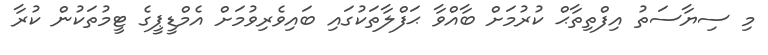
މި ސިޔާސަތު އިފްތިތާޙް ކުރުމަށް ބާއްވާ ޙަފްލާތަކުގައި ބައިވެރިވުމަށް އެމްޑީޕީގެ ޓީމުތަކުން ކުރާ